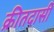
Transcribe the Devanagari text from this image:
क्रीतदासी